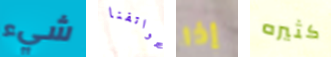
شيء هواتفنا إذا كثيره